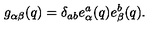
g _ { \alpha \beta } ( q ) = \delta _ { a b } e _ { \alpha } ^ { a } ( q ) e _ { \beta } ^ { b } ( q ) .